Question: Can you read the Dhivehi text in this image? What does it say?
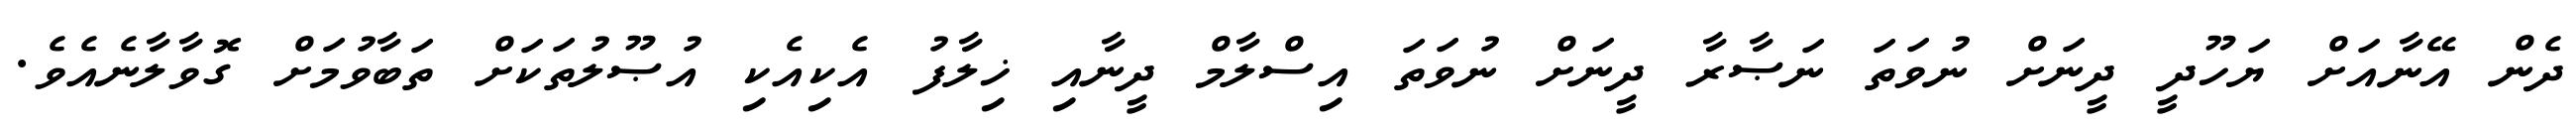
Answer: ދެން އޭނާއަށް ޔަހޫދީ ދީނަށް ނުވަތަ ނަޞާރާ ދީނަށް ނުވަތަ އިސްލާމް ދީނާއި ޚިލާފު އެކިއެކި އުޞޫލުތަކަށް ތަބާވުމަށް ގޮވާލާނެއެވެ.